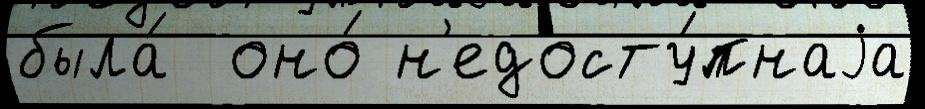
была́  оно́ н'едосту́пнаjа